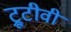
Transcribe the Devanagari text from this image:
ट्रूटीवी